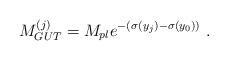
LaTeX: \begin{align*}M_{GUT}^{(j)} = M_{pl} e^{-(\sigma(y_j) - \sigma(y_0))} ~.~ \,\end{align*}